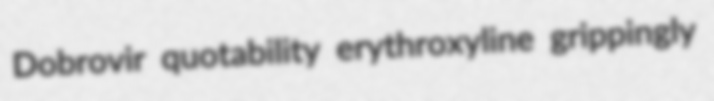
Dobrovir quotability erythroxyline grippingly